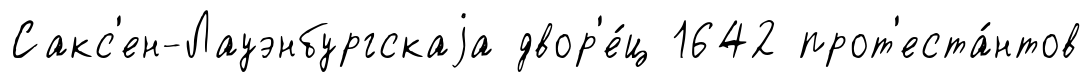
Сакс'ен-Лауэнбургскаjа двор'е́ц 1642 прот'еста́нтов